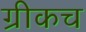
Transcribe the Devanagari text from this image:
ग्रीकच